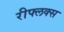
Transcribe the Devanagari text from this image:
रीफ्लक्स